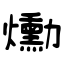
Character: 爋